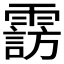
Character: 𲊆